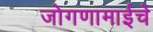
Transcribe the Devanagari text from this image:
जोगणामाईचे